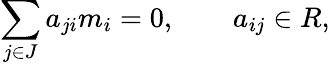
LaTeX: \sum_{j\in J}a_{ji}m_{i}=0,\qquad a_{ij}\in R,